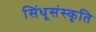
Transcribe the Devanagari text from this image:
सिंधूसंस्कृति